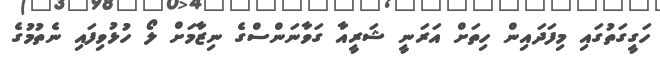
ހަގީގަތުގައި މިފަދައިން ހިތަށް އަރަނީ ޝަރީއާ ގަވާނަންސްގެ ނިޒާމަށް ލޯ ހުޅުވިފައި ނެތުމުގެ